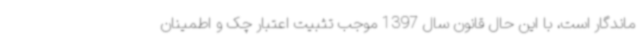
ماندگار است، با این حال قانون سال 1397 موجب تثبیت اعتبار چک و اطمینان